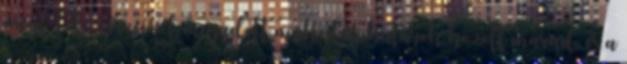
megfelelõ részeinél megadott mûködési határok között marad, és a